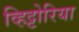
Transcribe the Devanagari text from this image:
व्हिट्टोरिया